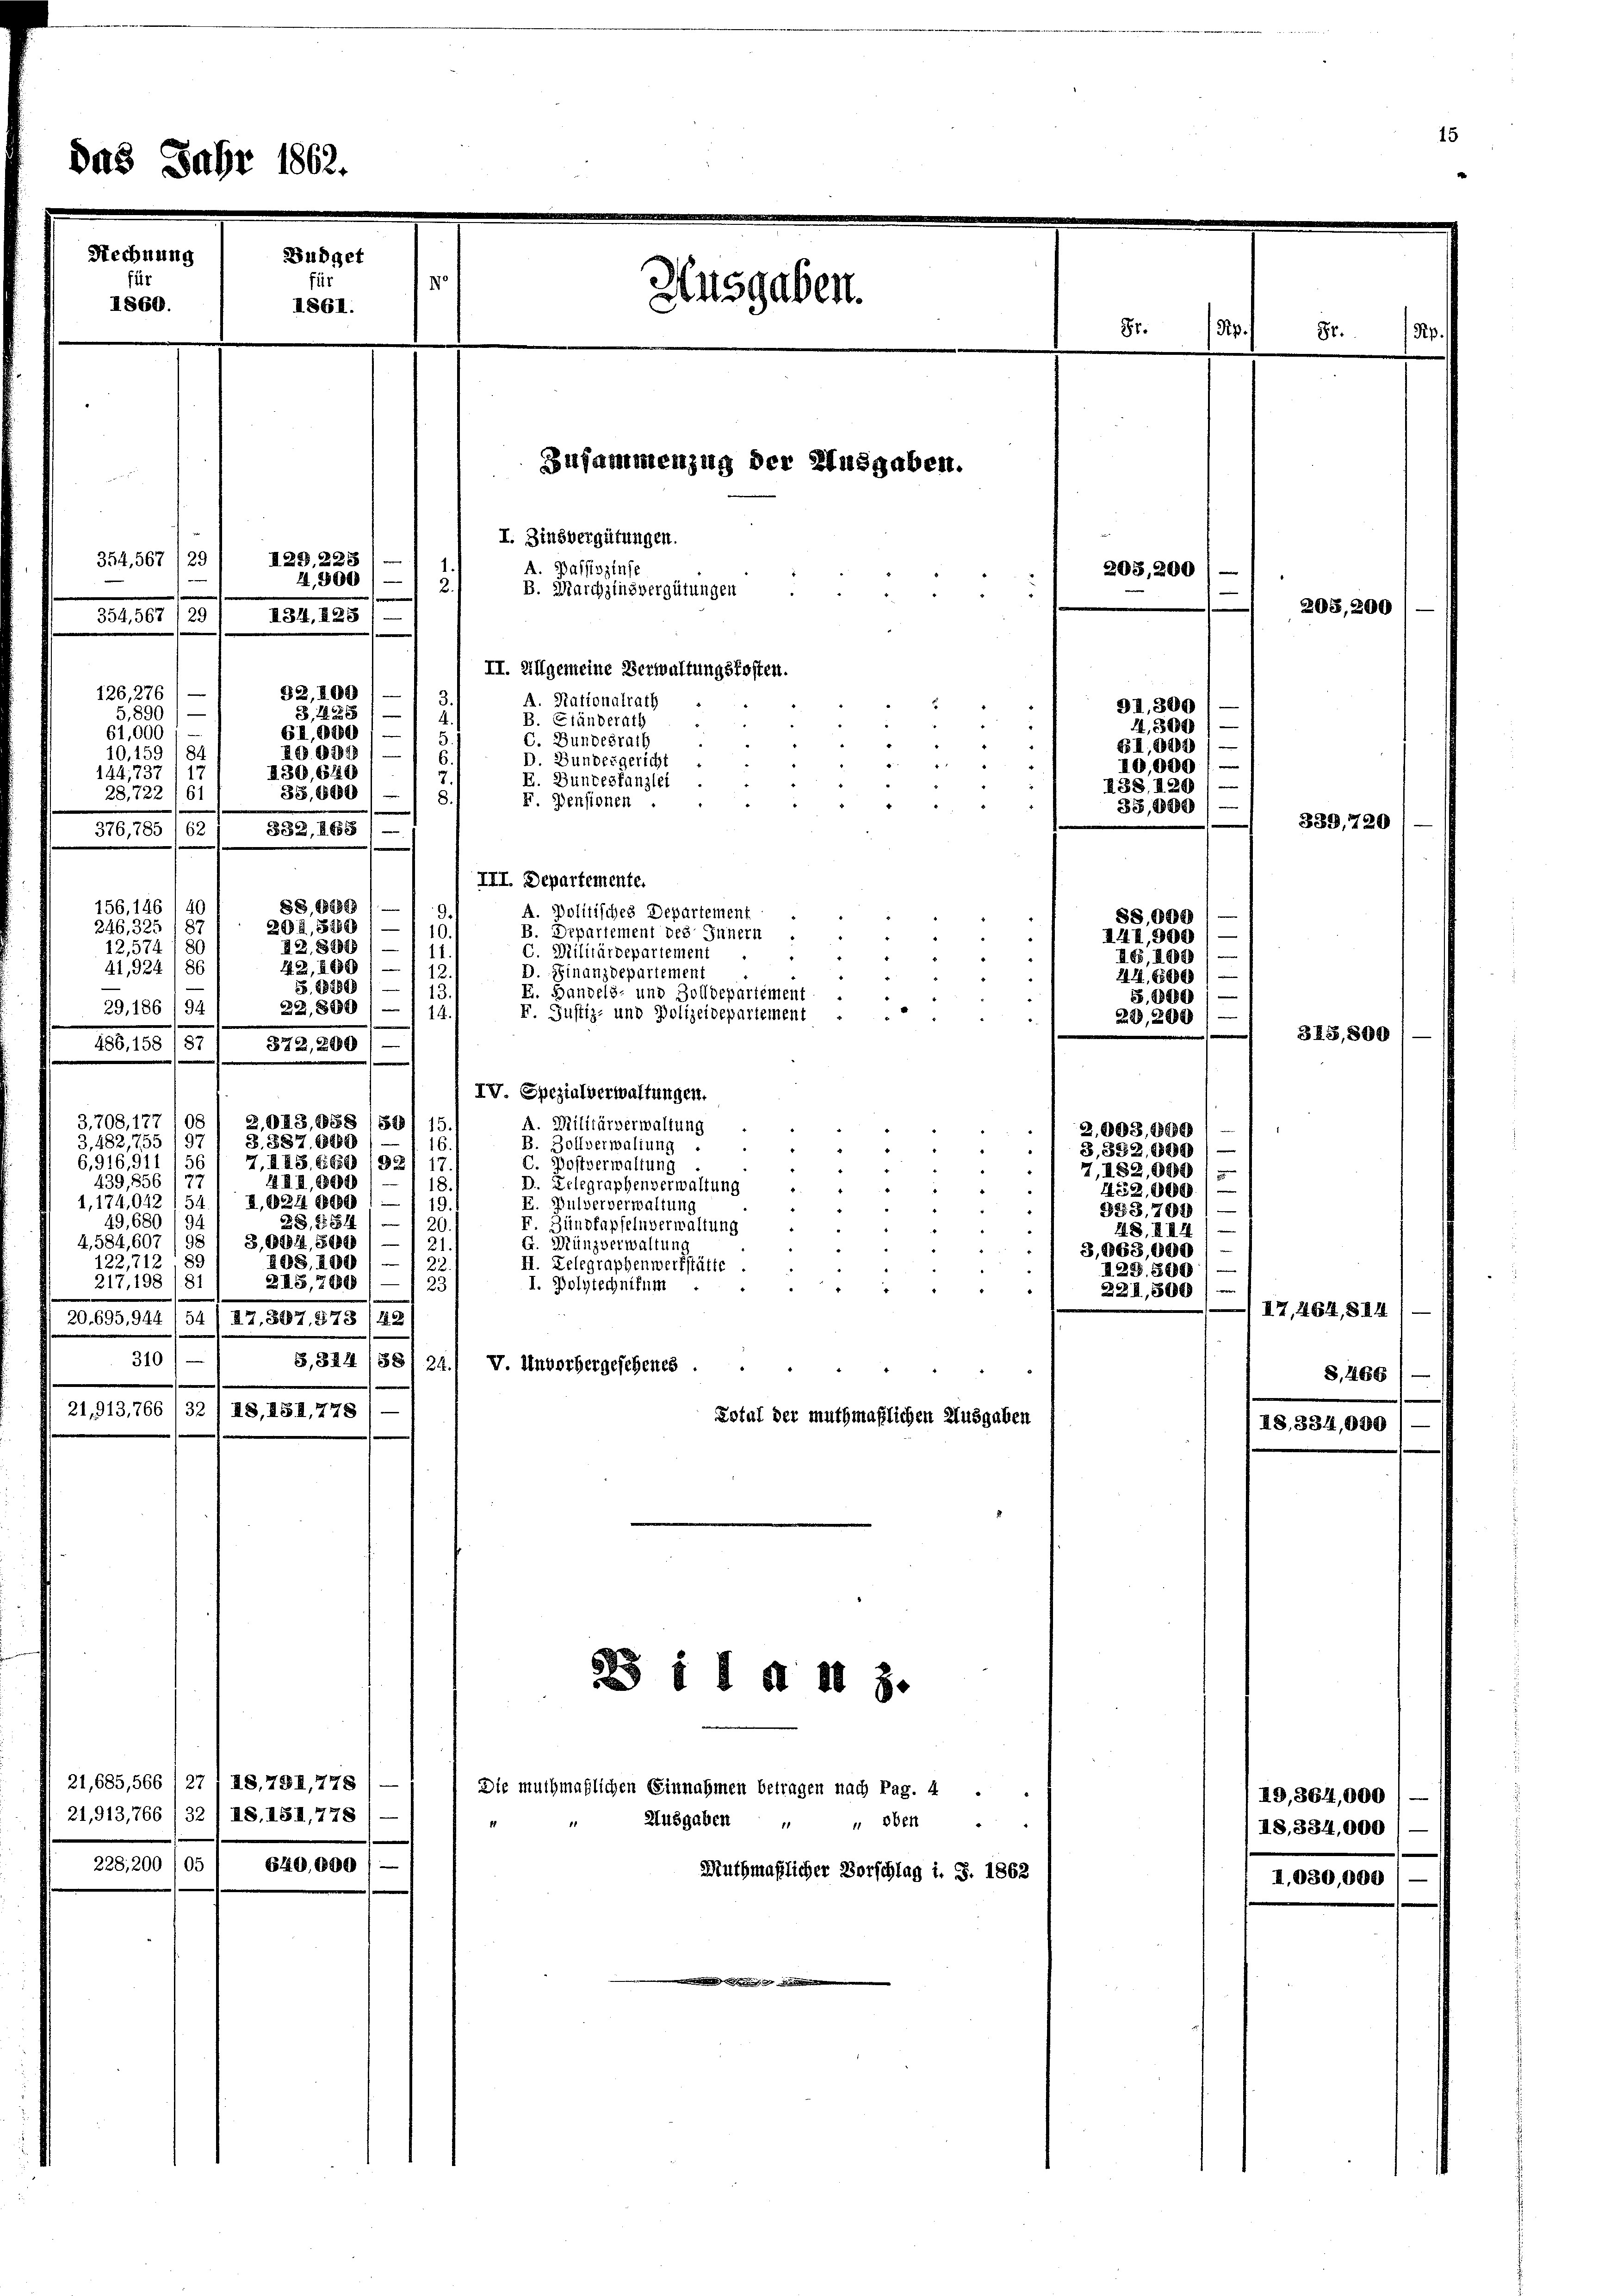
25 Jahr 1862.

126, 276

1860.

Rechnung

228, 200 /05

21,913,766 (32, 18. 151,778

Büdget
II861.

1

Ausgaben.

Zusammenzug der Ausgaben.
I. Zinsvergütungen.
I29,2251
354, 567 (29
A. Passivzinse
4,800) — 1 2
B. Marchzinsvergütungen
354, 567/29
134, 128
II. Allgemeine Verwaltungskosten.
52,100
A. Nationalrath
.
5
5,890) —
3, 1281
B. Ständerath
GI,880
61,000
C. Bundesrath
3
I0987
10,159) 84
D Bundesgericht
.
7
I30, 629
144, 73.
E. Bundeskanzlei
35, 1869
28,722
61
F. Pensionen
376,785 (62 / 332, 268 / —
III. Departemente.
§§ 182899
9.
A. Politisches Departement
202, 3280 / — 1 10.
B. Departement des Innern
12,574/80
I2, 82848) —
C. Militärdepartement
4
42, 860
41,924 86
12.
D. Finanzdepartement
S. 888800
113
E. Handels- und Zolldepariement
29,186/94
22,880/) 14.
F. Justiz- und Polizeidepariement
486, 158 (87/ 372,200) —
IV Spezialverwaltungen.
3,708, 177 (os I 2,043,988 (80) 15
A. Militärverwaltung
3. 587, 8880)
3,482,755
1
B. Zollverwaltung
2
6,916,91/
7, IIS. 1659 1921
C. Postverwaltung
1
439, 356
4II,800)
D. Relegraphenverwaltung
e
1,024 000
1,174,042 12
E. Pulververwaltung
"
49, 680
28, 11681)
F. Zinsfapfelnverwaltung
3,084600
4,584, 607
G. Münzverwaltung
122,712. 89
408. 100
II. Delegraphenwerkstätte.
217, 198 181
245, 280) — 23
I. Polytechnitum
20.695,944, 54 /12. 387, 973 (42
310
B,824 /88. 24. v. Unvorhergesehenes
21,913,766 132 (18, 184, 778
Estal der muthmaßlichen Ausgaben

156,146
246, 325 18

21,685,566, 271 18, 731, 778) —
Die muthmaßlichen Einnahmen betragen nach Pag. 4
Ausgaben " " oben
640,000
Muthmaßlicher Vorschlag i. S. 1862

B1 I d 11 3.

81.

203,200

9I,300
4,300
BI,909
e
10,000
38, 120
33,800
339, 720

88,000 (-
144,300)
IG,409/
212, 65800/
5,1889
29, 200
e

2.003,800
e
3,382,000) —
7, 182,000
H52,000
383,700 1-
48. II 44
3,9063,000 / —
1129. 500
221,800
.

II8, 334,

87.

203,200

.

19, 364,000
18, 334,000

318,800

I7, 464, 814
S. 466